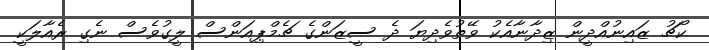
ކޯޗު ޒައިނުއްދީން ޒިދާނާއެކު ވޭތުވެދިޔަ ދެ ސީޒަންގެ ޗެމްޕިއަންސް ލީގުވެސް ނެގި ރެއާލަކީ